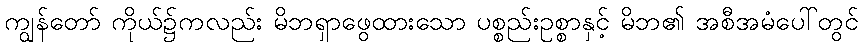
ကျွန်တော် ကိုယ်၌ကလည်း မိဘရှာဖွေထားသော ပစ္စည်းဥစ္စာနှင့် မိဘ၏ အစီအမံပေါ်တွင်